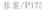
答案/P17